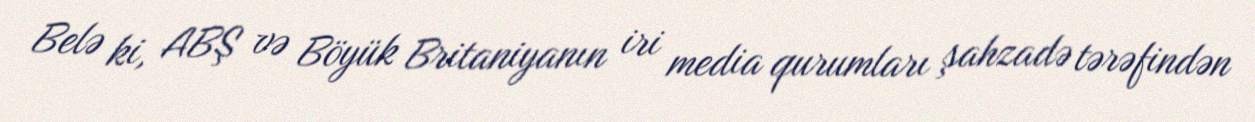
Belə ki, ABŞ və Böyük Britaniyanın iri media qurumları şahzadə tərəfindən